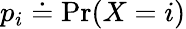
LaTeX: p_{i}\doteq\operatorname*{Pr}(X=i)